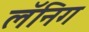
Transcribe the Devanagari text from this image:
लॅनिग